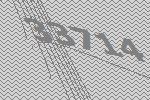
33714